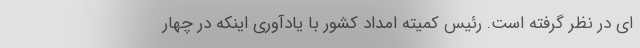
ای در نظر گرفته است. رئیس کمیته امداد کشور با یادآوری اینکه در چهار